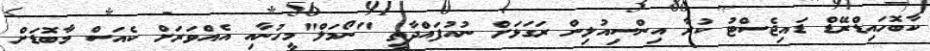
ކާބޮހައިޑްރޭޑް ޑައިޖެސްޓު ކުރާ އިންސިއުލިން ރަގަޅަށް ނުއުފައްދާތީ "ނޯމަލް"މީހުނާއި އެއްވަރަށް ކެއަސް މާބޮޑަށް